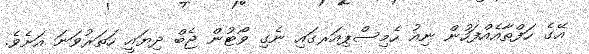
އޭގެ ހަފްތާއެއްފަހުން ނިއު ހެމިސްޕިއަރގައި ނެގި ވޯޓުން ޖެބް ދިޔައީ ހަތަރުވަނަ އަށެވެ.